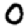
Digit: 0